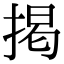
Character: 掲